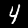
Label: 4